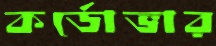
কর্ডোভার